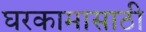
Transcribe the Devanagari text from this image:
घरकामासाठी